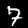
Digit: 7